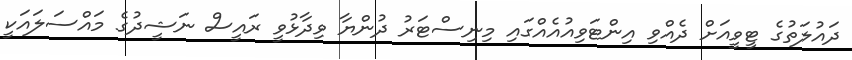
ދައުލަތުގެ ޓީވީއަށް ދެއްވި އިންޓަވިއުއެއްގައި މިނިސްޓަރު ދުންޔާ ވިދާޅުވީ ރައީސް ނަޝީދުގެ މައްސަލައަކީ